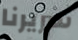
سريرنا